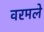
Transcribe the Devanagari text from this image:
वरमले